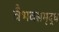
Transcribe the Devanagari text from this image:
वैभवसमृद्ध